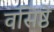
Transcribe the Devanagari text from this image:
वसिष्ठे